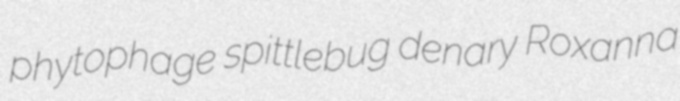
phytophage spittlebug denary Roxanna